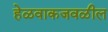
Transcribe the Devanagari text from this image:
हेळवाकजवळील